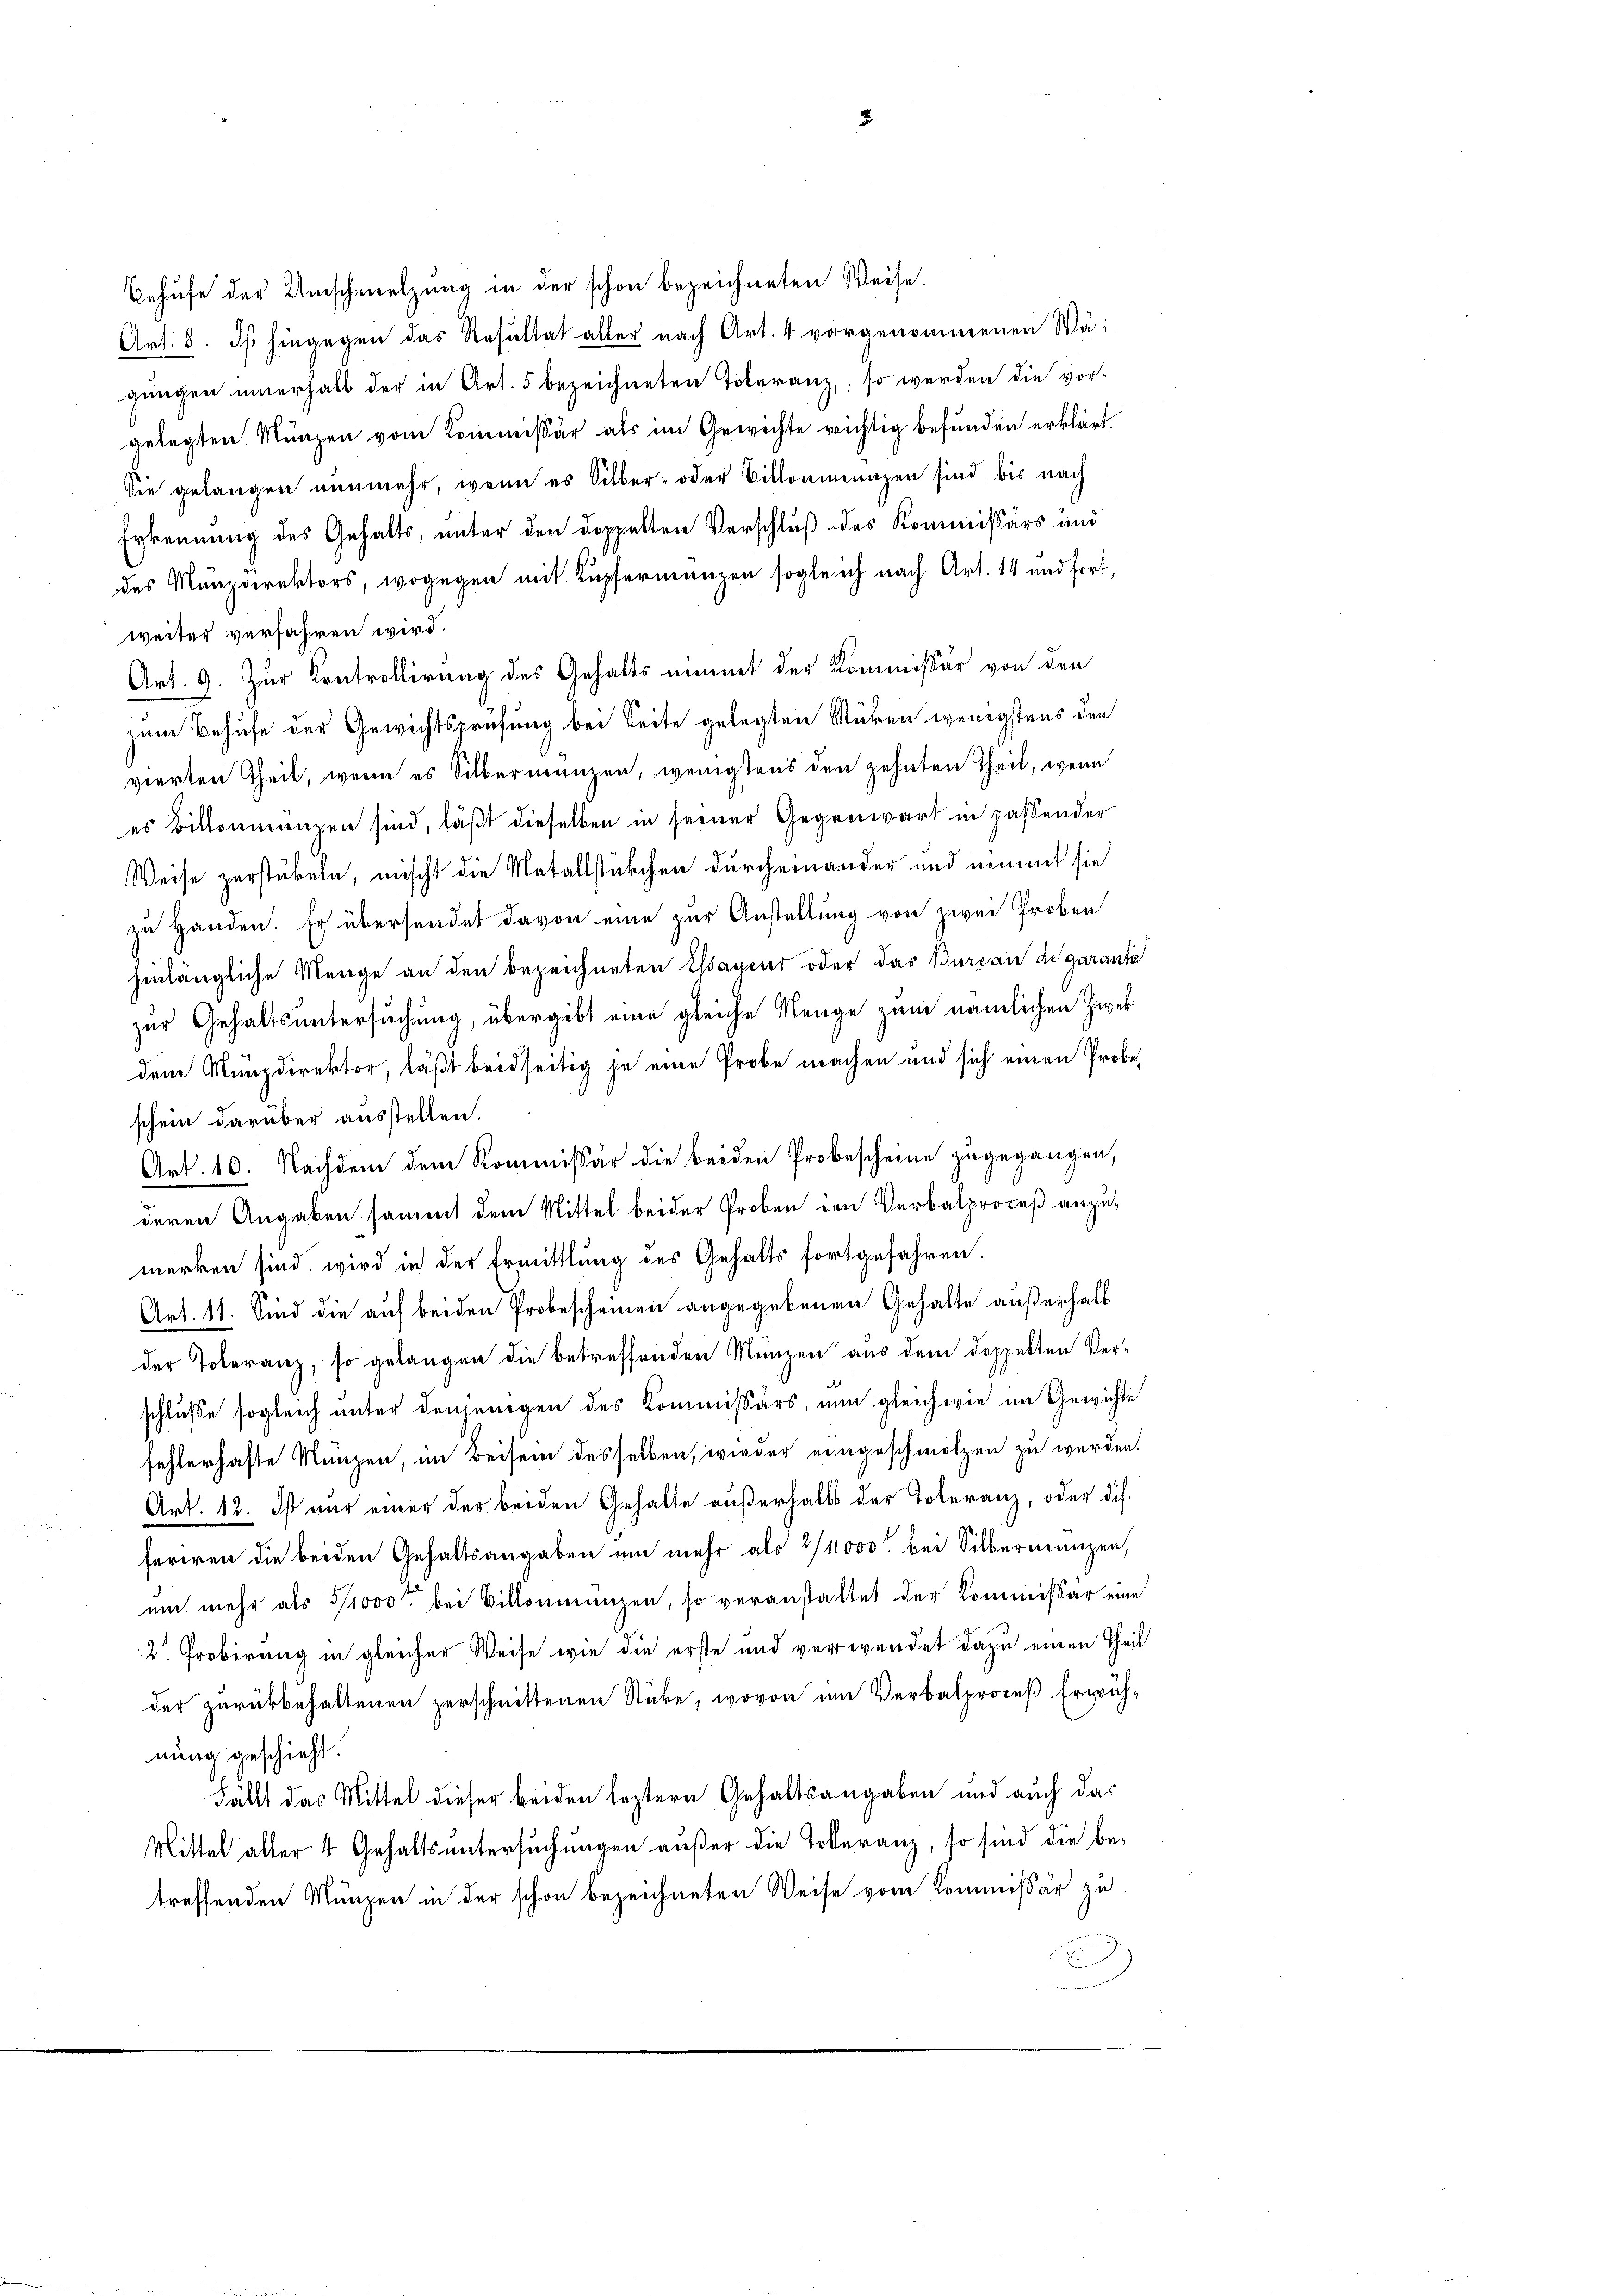
Behufe der Umschmelzung in der schon bezeichneten Weise.
Art. 8. Ist hingegen das Resultat alter nach Art. 4 vorgenommenen Wägungen innerhalb der in Art. 5 bezeichneten Toleranz, so werden die vorgelegten Münzen vom Kommissär als im Gewichte richtig befunden erklärt.
Sie gelangen nunmehr, wenn es Silber- oder Billonimungen sind, bis nach
Erkennung des Gehalts, unter den doppelten Verschluß des Kommissärs und
des Münzdirektors, wogegen mit Kupfermanzen sogleich nach Art. 14 und fort,
weiter verfahren wird.
Art. 9. Zur Kontrollirung des Gehaltsammt der Kommissär von den
zum Behufe der Gewichtsprüfung bei Seite gelegten Stuben wenigstens den
vierten Theil, wenn es Silbermanzen, wenigstens den zehnten Theil, wenn
es Bittenmanzen sind, läßt dieselben in seiner Gegenwart in paßender
Weise zerstükeln, mischt die Metallstürchen durcheinander und nimmt sie
zu Handen. Er übersendet davon eine zur Anstellung von zwei Proben
hinlängliche Menge an den bezeichneten Elsayeur oder das Bureau de garanti
zur Gehaltsuntersuchung, übergibt eine gleiche Neuge zum nämlichen Zwek
dem Munzdirektor, läßt beidseitig je eine Probe machen und sich einen Probeschein darüber ausstellen.
Art. 10. Nachdem dem Kommissär die beiden Probescheine zugegangen,
deren Angaben sammt dem Mittel beider Proben den Verbalproceß anzumerken sind, wird in der Ermittlung des Gehalts fortgefahren.
Art. 11. Sind die auf beiden Probescheinen angegebenen Gehalte außerhalb
der Toleranz, so gelangen die betreffenden Münzen aus dem doppelten Ver-
schluße sogleich unter denjenigen des Kommissärs, nun gleichwie im Gewichte
fehlerhafte Münzen, im Keisein desselben, wieder eingeschmolzen zu werden.
Art. 12. Ist nur einer der beiden Gehalte außerhalbs der Toleranz, oder dis-
feriren die beiden Gehaltsangaben um mehr als 2/11000 bei Silbernanzen,
um mehr als 5/1000 bei Billonmunzen, so veranstattet der Kommissar eine
2. Probirung in gleicher Weise wie die erste und verwendet dazu einen Theil
der zurückbehaltenen zerschnittenen Stücke, wovon im Verbalproceß Erwäh-
nung geschieht.
Fällt das Mittel dieser beiden leztere Gehaltsangaben und auch das
Mittel aller 4 Gehaltsuntersuchungen außer die Toleranz, so sind die betreffenden Münzen in der schon bezeichneten Weise vom Kommissär zu